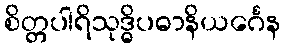
စိတ္တပါရိသုဒ္ဓိပဓာနိယင်္ဂေန